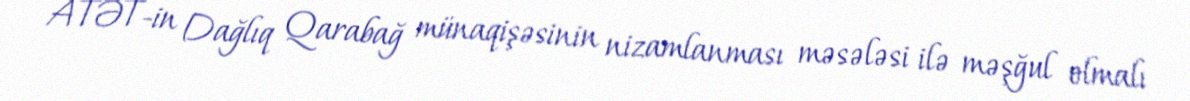
ATƏT-in Dağlıq Qarabağ münaqişəsinin nizamlanması məsələsi ilə məşğul olmalı